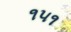
૧૫૧